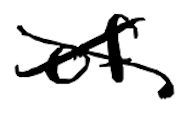
Text: of
Cross-out: cross
Writing tool: digital_black